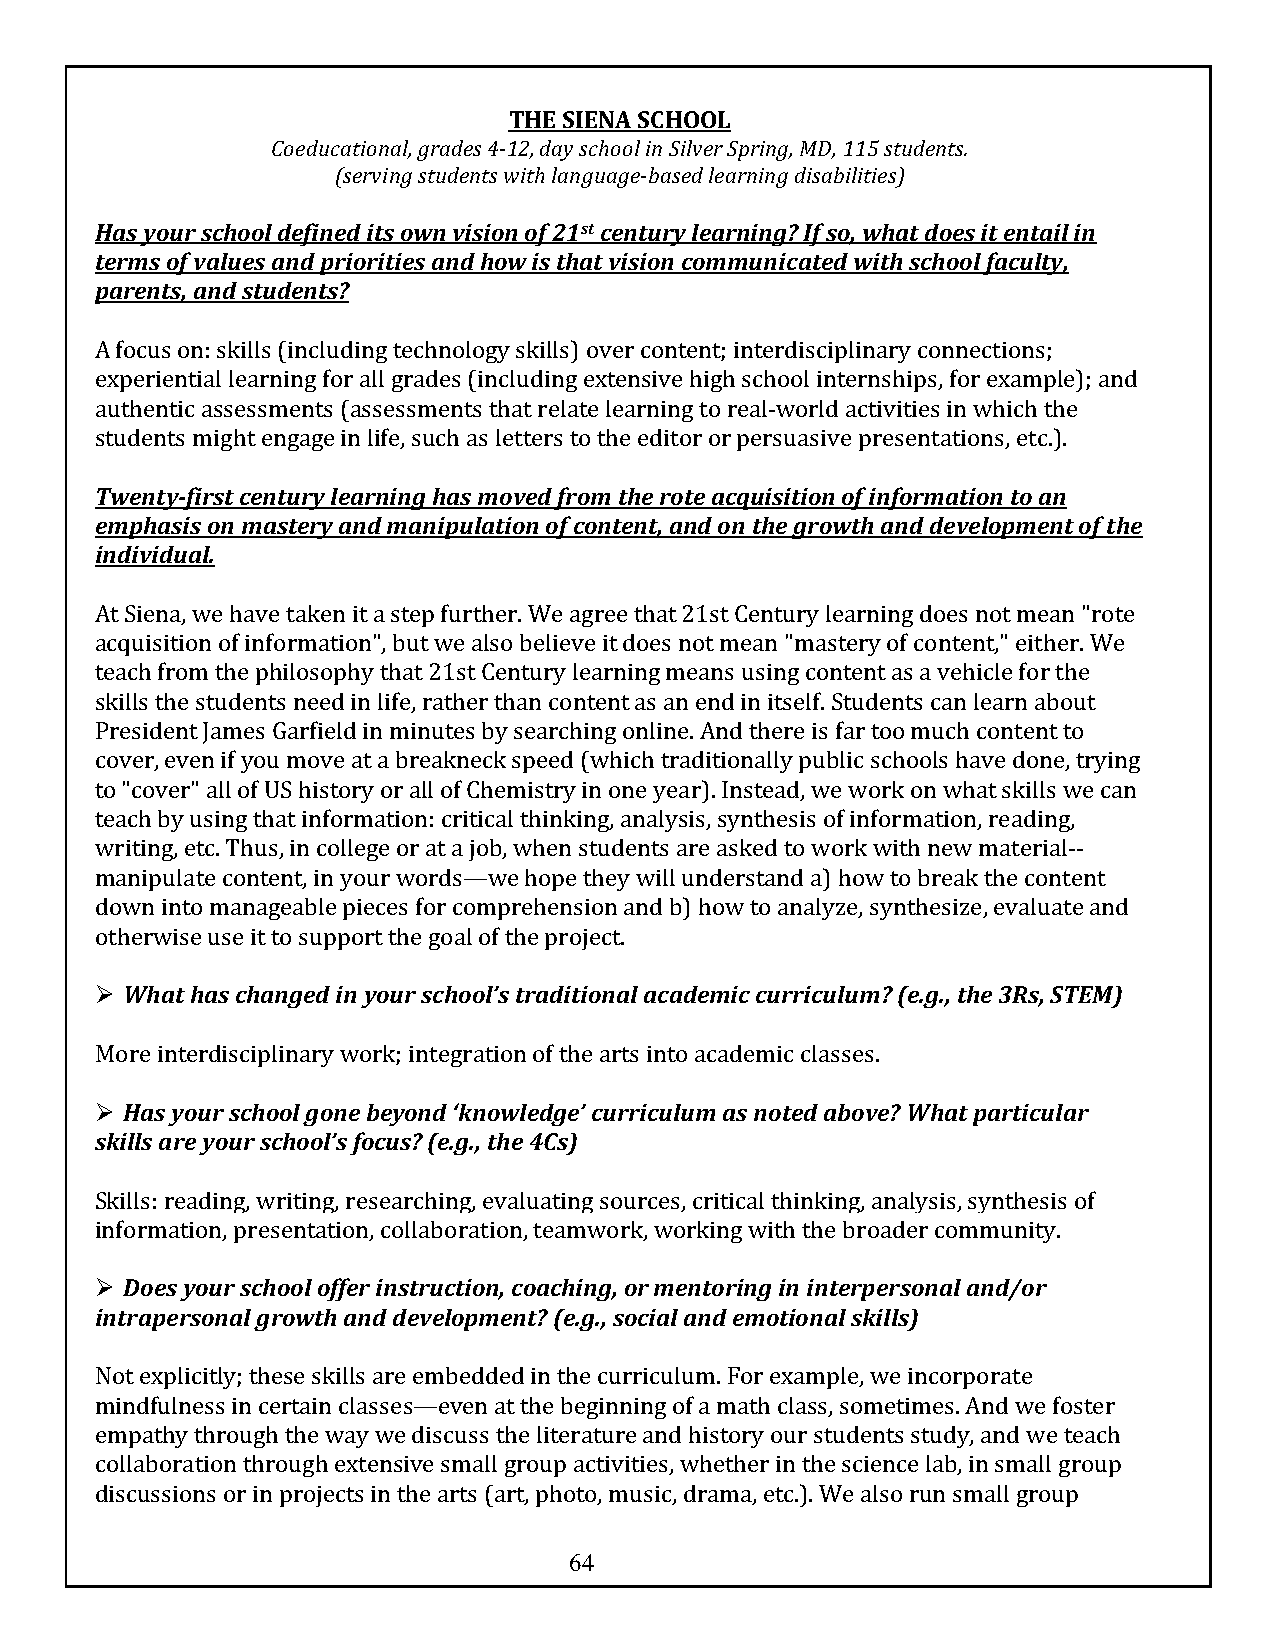
THE SIENA SCHOOL
 Coeducational, grades 4-12, day school in Silver Spring, MD, 115 students.
 (serving students with language-based learning disabilities)
 Has your school defined its own vision of 21st century learning? If so, what does it entail in
 terms of values and priorities and how is that vision communicated with school faculty,
 parents, and students?
 A focus on: skills (including technology skills) over content; interdisciplinary connections;
 experiential learning for all grades (including extensive high school internships, for example); and
 authentic assessments (assessments that relate learning to real-world activities in which the
 students might engage in life, such as letters to the editor or persuasive presentations, etc.).
 Twenty-first century learning has moved from the rote acquisition of information to an
 emphasis on mastery and manipulation of content, and on the growth and development of the
 individual.
 At Siena, we have taken it a step further. We agree that 21st Century learning does not mean "rote
 acquisition of information", but we also believe it does not mean "mastery of content," either. We
 teach from the philosophy that 21st Century learning means using content as a vehicle for the
 skills the students need in life, rather than content as an end in itself. Students can learn about
 President James Garfield in minutes by searching online. And there is far too much content to
 cover, even if you move at a breakneck speed (which traditionally public schools have done, trying
 to "cover" all of US history or all of Chemistry in one year). Instead, we work on what skills we can
 teach by using that information: critical thinking, analysis, synthesis of information, reading,
 writing, etc. Thus, in college or at a job, when students are asked to work with new material--
 manipulate content, in your words—we hope they will understand a) how to break the content
 down into manageable pieces for comprehension and b) how to analyze, synthesize, evaluate and
 otherwise use it to support the goal of the project.
 Ø What has changed in your school’s traditional academic curriculum? (e.g., the 3Rs, STEM)
 More interdisciplinary work; integration of the arts into academic classes.
 Ø Has your school gone beyond ‘knowledge’ curriculum as noted above? What particular
 skills are your school’s focus? (e.g., the 4Cs)
 Skills: reading, writing, researching, evaluating sources, critical thinking, analysis, synthesis of
 information, presentation, collaboration, teamwork, working with the broader community.
 Ø Does your school offer instruction, coaching, or mentoring in interpersonal and/or
 intrapersonal growth and development? (e.g., social and emotional skills)
 Not explicitly; these skills are embedded in the curriculum. For example, we incorporate
 mindfulness in certain classes—even at the beginning of a math class, sometimes. And we foster
 empathy through the way we discuss the literature and history our students study, and we teach
 collaboration through extensive small group activities, whether in the science lab, in small group
 discussions or in projects in the arts (art, photo, music, drama, etc.). We also run small group
 64